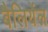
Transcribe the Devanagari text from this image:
बैलियेंल